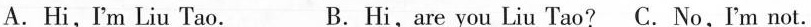
A.Hi,I'm Liu Tao. B.Hi,are you Liu Tao? C. No,Im not.